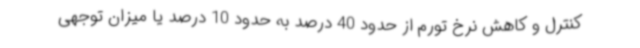
کنترل و کاهش نرخ تورم از حدود 40 درصد به حدود 10 درصد یا میزان توجهی